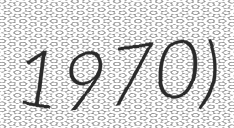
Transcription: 1970)